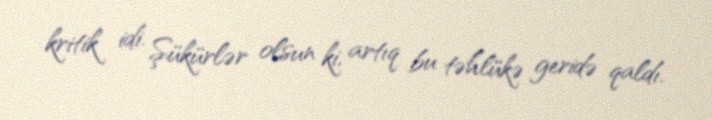
kritik idi. Şükürlər olsun ki, artıq bu təhlükə geridə qaldı.